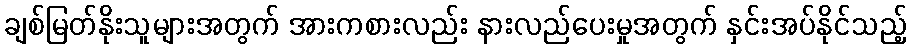
ချစ်မြတ်နိုးသူများအတွက် အားကစားလည်း နားလည်ပေးမှုအတွက် နှင်းအပ်နိုင်သည့်